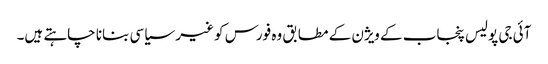
آئی جی پولیس پنجاب کے ویژن کے مطابق وہ فورس کو غیر سیاسی بنانا چاہتے ہیں۔